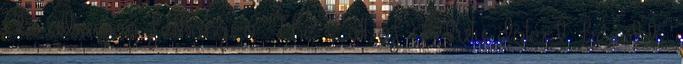
Az albumon felhangzó The Call of Ktulu dalért később,